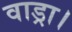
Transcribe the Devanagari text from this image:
वाड्रा।